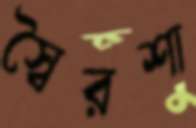
স্বৈরশা